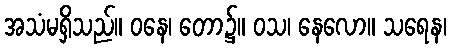
အသံမရှိသည်။ ဝနေ၊ တော၌။ ဝသ၊ နေလော။ သရေန၊